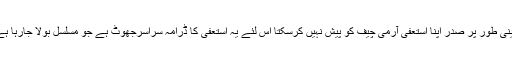
آئینی طور پر صدر اپنا استعفیٰ آرمی چیف کو پیش نہیں کرسکتا اس لئے یہ استعفیٰ کا ڈرامہ سراسرجھوٹ ہے جو مسلسل بولا جارہا ہے۔